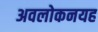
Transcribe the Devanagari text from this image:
अवलोकनयह